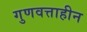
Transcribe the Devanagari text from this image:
गुणवत्ताहीन